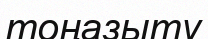
тоңазыту